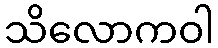
သိလောကဝါ